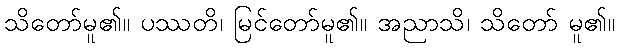
သိတော်မူ၏။ ပဿတိ၊ မြင်တော်မူ၏။ အညာသိ၊ သိတော် မူ၏။